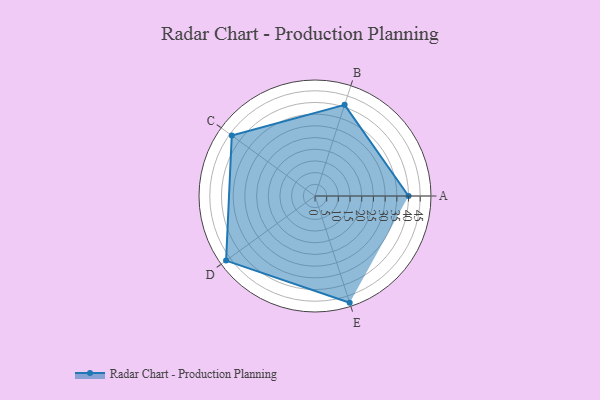
{"axis": {"x": "Skill", "y": "Score"}, "legend": ["Profile"], "data": [{"x": "A", "y": 40.0, "type": "Profile"}, {"x": "B", "y": 41.0, "type": "Profile"}, {"x": "C", "y": 44.0, "type": "Profile"}, {"x": "D", "y": 47.0, "type": "Profile"}, {"x": "E", "y": 48.0, "type": "Profile"}]}